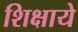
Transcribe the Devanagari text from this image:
शिक्षाये